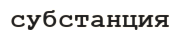
субстанция